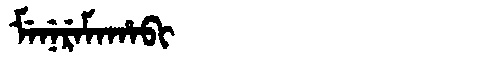
Manchu: ᠮᡝᠨᡝᡵᡝᠮᠠᡥᠠᠪᡳ
Romanization: MENEREMAHABI